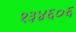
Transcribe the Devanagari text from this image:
१३४६०६